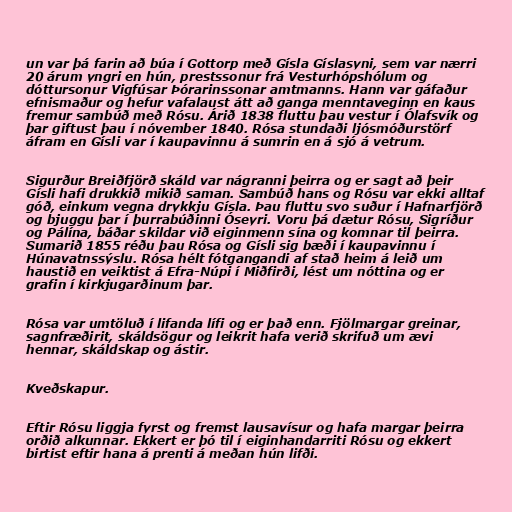
un var þá farin að búa í Gottorp með Gísla Gíslasyni, sem var nærri
20 árum yngri en hún, prestssonur frá Vesturhópshólum og
dóttursonur Vigfúsar Þórarinssonar amtmanns. Hann var gáfaður
efnismaður og hefur vafalaust átt að ganga menntaveginn en kaus
fremur sambúð með Rósu. Árið 1838 fluttu þau vestur í Ólafsvík og
þar giftust þau í nóvember 1840. Rósa stundaði ljósmóðurstörf
áfram en Gísli var í kaupavinnu á sumrin en á sjó á vetrum.

Sigurður Breiðfjörð skáld var nágranni þeirra og er sagt að þeir
Gísli hafi drukkið mikið saman. Sambúð hans og Rósu var ekki alltaf
góð, einkum vegna drykkju Gísla. Þau fluttu svo suður í Hafnarfjörð
og bjuggu þar í þurrabúðinni Óseyri. Voru þá dætur Rósu, Sigríður
og Pálína, báðar skildar við eiginmenn sína og komnar til þeirra.
Sumarið 1855 réðu þau Rósa og Gísli sig bæði í kaupavinnu í
Húnavatnssýslu. Rósa hélt fótgangandi af stað heim á leið um
haustið en veiktist á Efra-Núpi í Miðfirði, lést um nóttina og er
grafin í kirkjugarðinum þar.

Rósa var umtöluð í lifanda lífi og er það enn. Fjölmargar greinar,
sagnfræðirit, skáldsögur og leikrit hafa verið skrifuð um ævi
hennar, skáldskap og ástir.

Kveðskapur.

Eftir Rósu liggja fyrst og fremst lausavísur og hafa margar þeirra
orðið alkunnar. Ekkert er þó til í eiginhandarriti Rósu og ekkert
birtist eftir hana á prenti á meðan hún lifði.